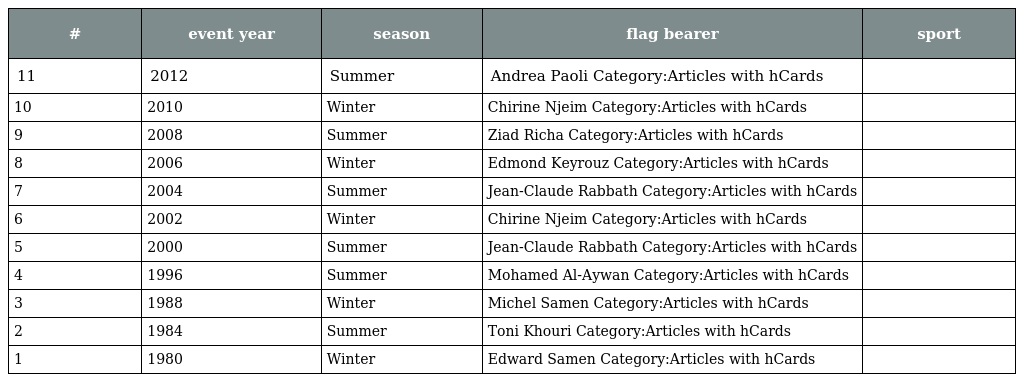
| # | event year | season | flag bearer | sport |
 | --- | --- | --- | --- | --- |
 | 11 | 2012 | Summer | Andrea Paoli Category:Articles with hCards |  |
 | 10 | 2010 | Winter | Chirine Njeim Category:Articles with hCards |  |
 | 9 | 2008 | Summer | Ziad Richa Category:Articles with hCards |  |
 | 8 | 2006 | Winter | Edmond Keyrouz Category:Articles with hCards |  |
 | 7 | 2004 | Summer | Jean-Claude Rabbath Category:Articles with hCards |  |
 | 6 | 2002 | Winter | Chirine Njeim Category:Articles with hCards |  |
 | 5 | 2000 | Summer | Jean-Claude Rabbath Category:Articles with hCards |  |
 | 4 | 1996 | Summer | Mohamed Al-Aywan Category:Articles with hCards |  |
 | 3 | 1988 | Winter | Michel Samen Category:Articles with hCards |  |
 | 2 | 1984 | Summer | Toni Khouri Category:Articles with hCards |  |
 | 1 | 1980 | Winter | Edward Samen Category:Articles with hCards |  |